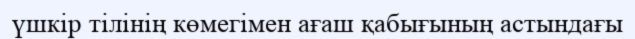
үшкір тілінің көмегімен ағаш қабығының астындағы